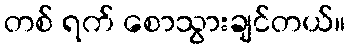
တစ် ရက် စောသွားချင်တယ်။